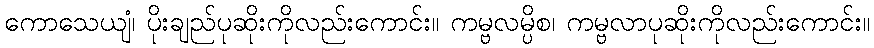
ကောသေယျံ၊ ပိုးချည်ပုဆိုးကိုလည်းကောင်း။ ကမ္ဗလမ္ပိစ၊ ကမ္ဗလာပုဆိုးကိုလည်းကောင်း။